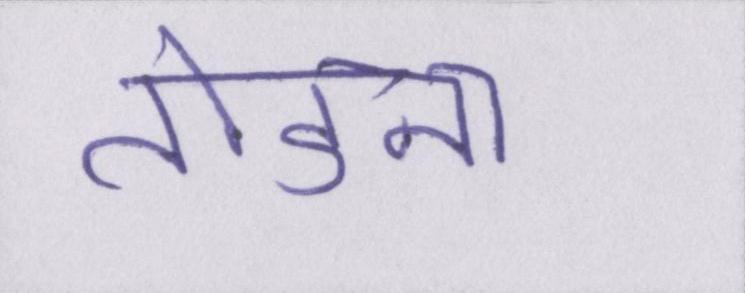
तोडना